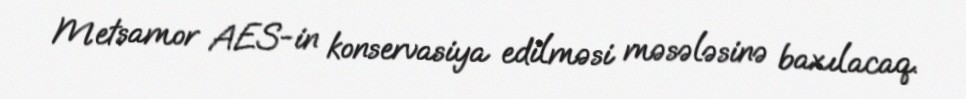
Metsamor AES-in konservasiya edilməsi məsələsinə baxılacaq.